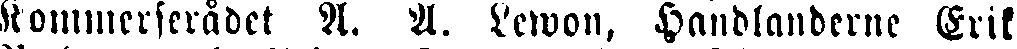
Kommerserådet A. A. Lewon, Handladerne Erik